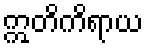
ဣတိကိရာယ